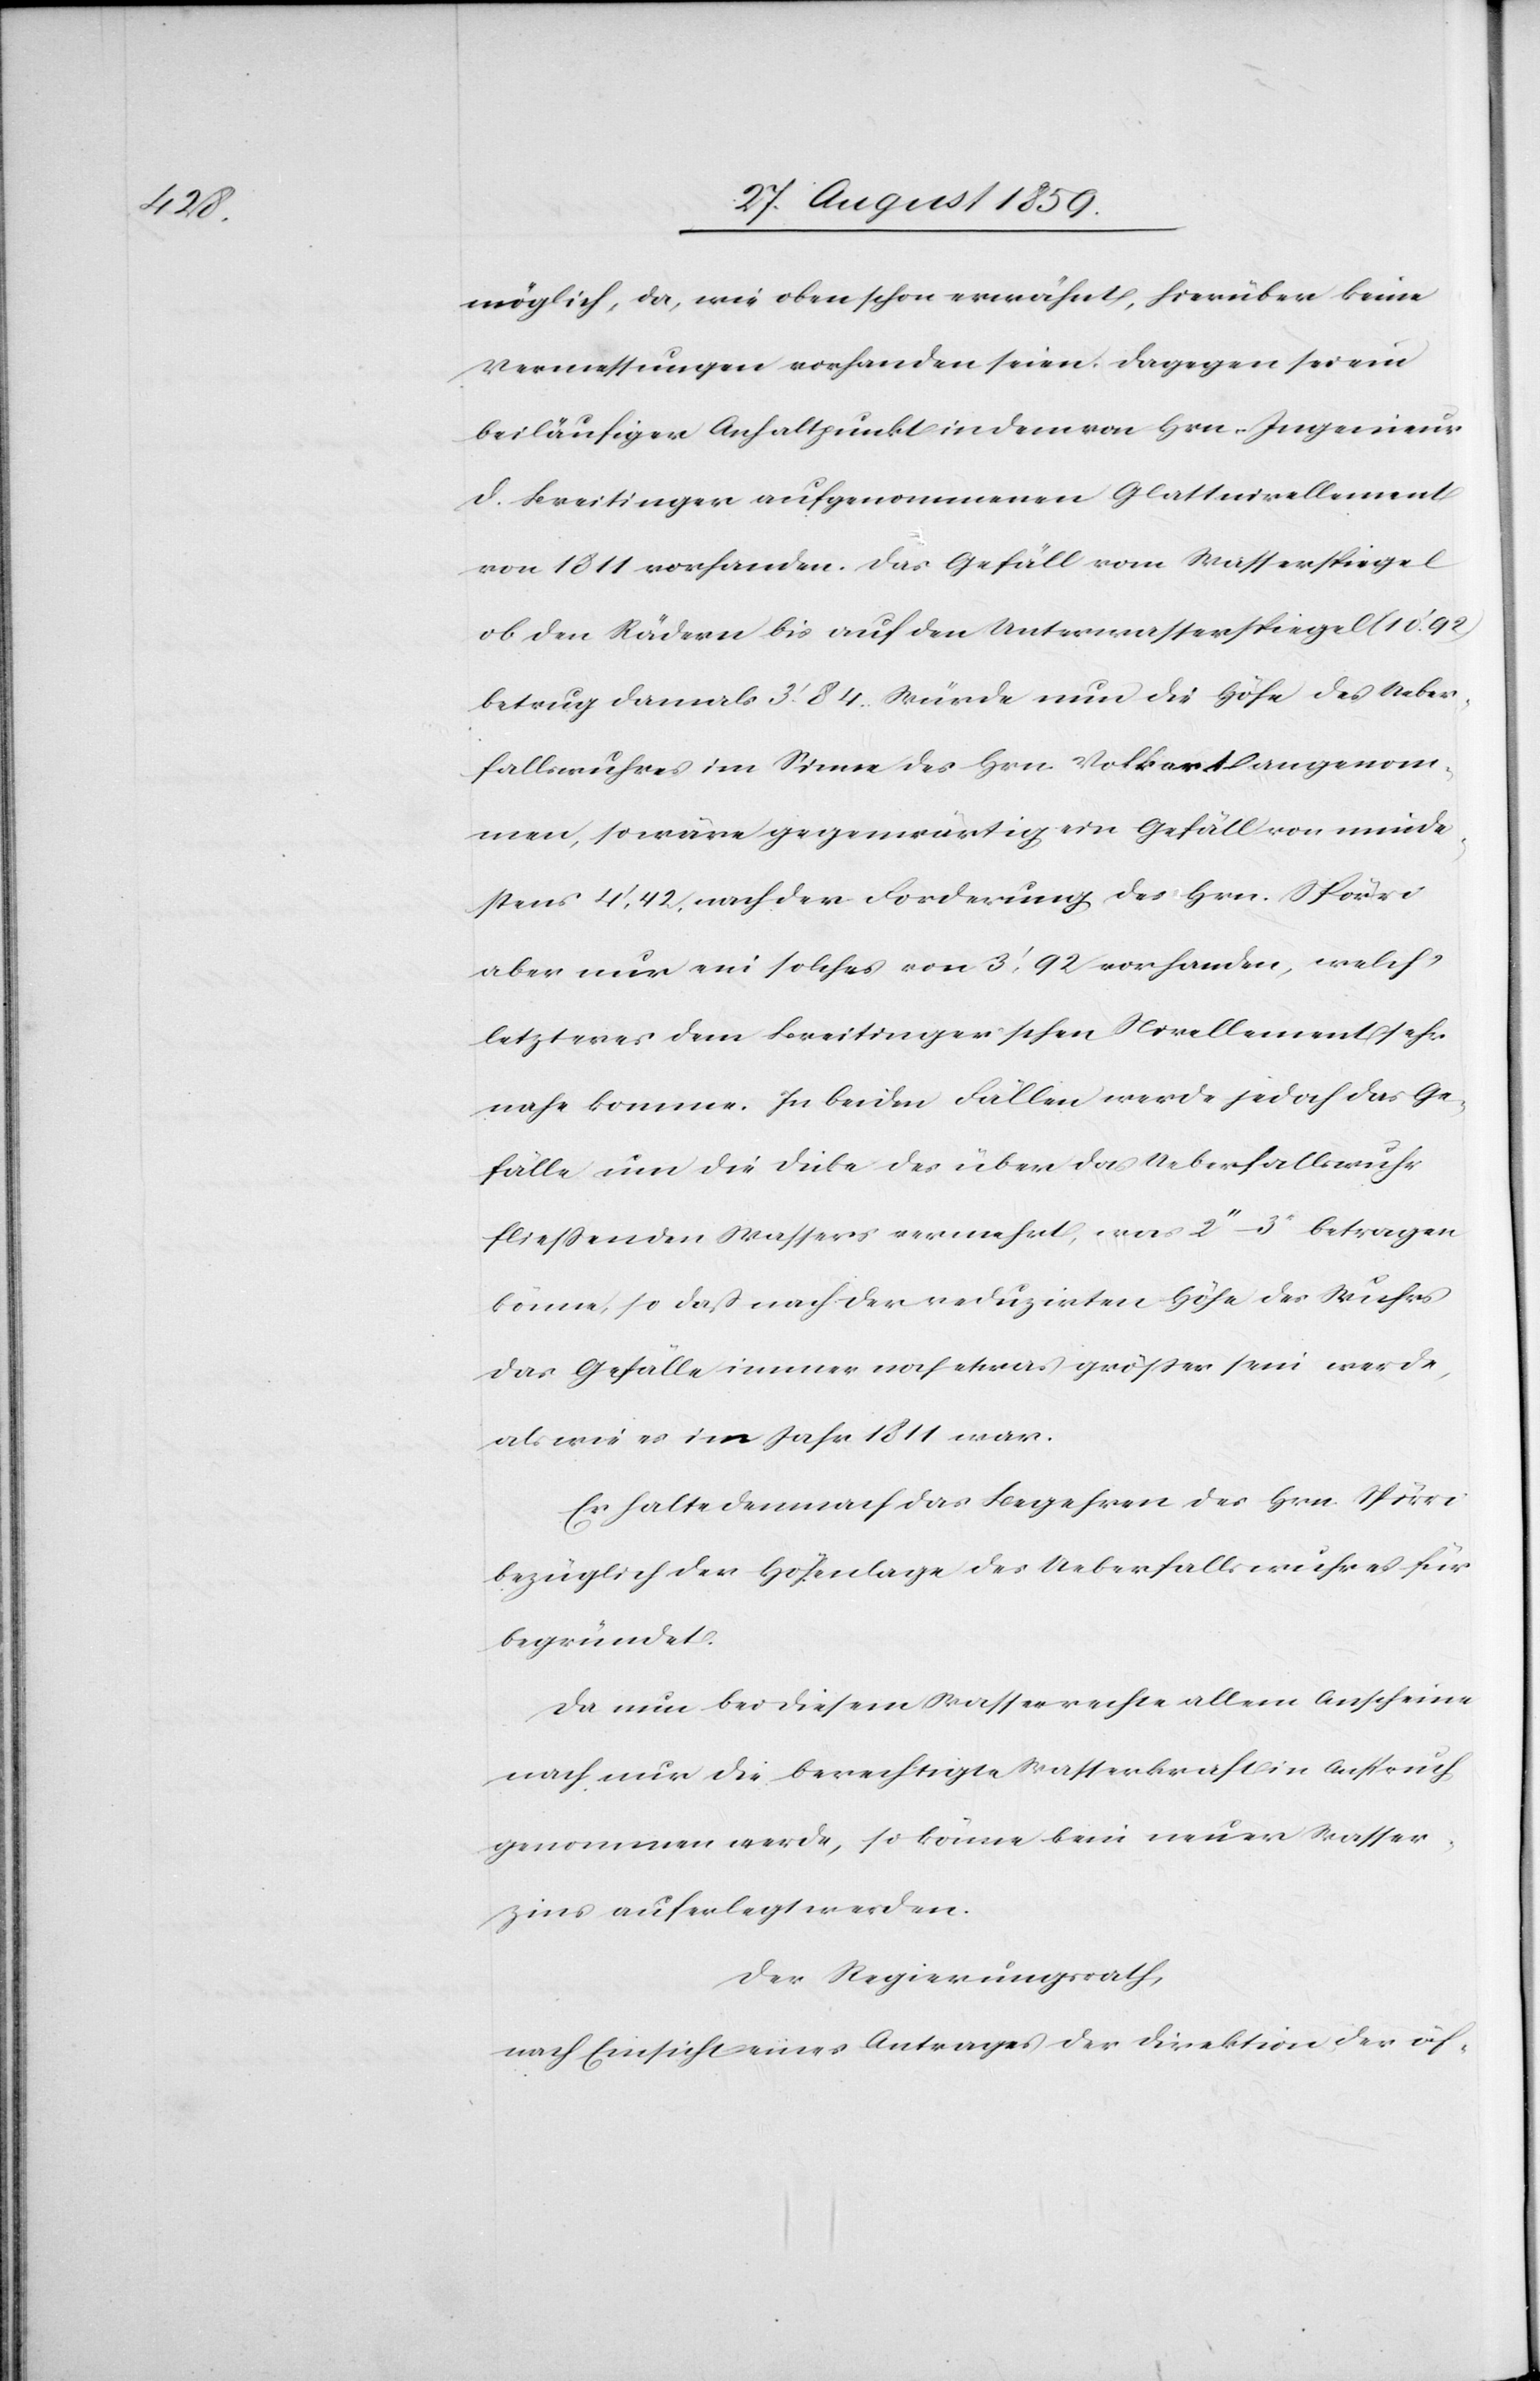
möglich, da, wie oben schon erwähnt, hierüber keine
Vermessungen vorhanden seien. Dagegen sei ein
beiläufiger Anhaltpunkt in dem von Hrn. Ingenieur
D. Breitinger aufgenommenen Glattnivellement
von 1811 vorhanden. Das Gefäll vom Wasserspiegel
ob den Rädern bis auf den Unterwasserspiegel (10’92)
betrug damals 3’84. Würde nun die Höhe des Ueber¬
fallswuhres im Sinne des Hrn. Volkart angenom¬
men, so wäre gegenwärtig ein Gefäll von Minde¬
stens 4’42. nach der Forderung des Hrn. Spörri
aber nur ein solches von 3’.92 vorhanden, welch’
letzteres dem Breitingerschen Nivellement sehr
nahe komme. In beiden Fällen werde jedoch das Ge¬
fälle um die Dicke des über das Ueberfallswuhr
fließenden Wassers vermehrt, was 2’’–3’’ betragen
könne, so daß nach der reduzirten Höhe des Wuhres
das Gefälle immer noch etwas größer sein werde,
als wie es im Jahr 1811 war.
Er halte demnach das Begehren des Hrn. Spörri
bezüglich der Höhenlage des Ueberfallswuhres für
begründet.
Da nun bei diesem Wasserrechte allem Anscheine
nach nur die berechtigte Wasserkraft in Anspruch
genommen werde, so könne kein neuer Wasser¬
zins auferlegt werden.
Der Regierungsrath,
nach Einsicht eines Antrages der Direktion der öf-